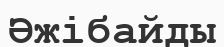
Әжібайды